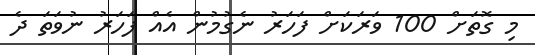
މި ގޮތަށް 100 ވަރަކަށް ފަހަރު ނެގުމުން އެއް ފަހަރު ނުވަތަ ދެ